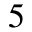
^ { 5 }